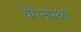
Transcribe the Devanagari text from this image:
येमेनपेक्षा